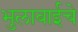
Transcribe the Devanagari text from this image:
भुलाबाईचे